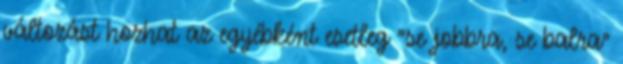
változást hozhat az egyébként esetleg "se jobbra, se balra"